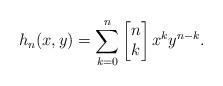
LaTeX: \begin{align*}h_n(x,y)=\sum_{k=0}^n \begin{bmatrix} n \\k \end{bmatrix} x^k y^{n-k}.\end{align*}